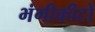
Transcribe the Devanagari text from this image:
भंगीकीटों